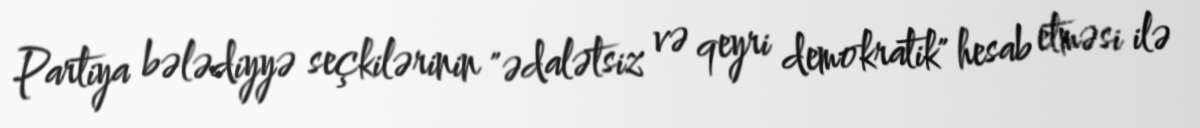
Partiya bələdiyyə seçkilərinin "ədalətsiz və qeyri demokratik" hesab etməsi ilə